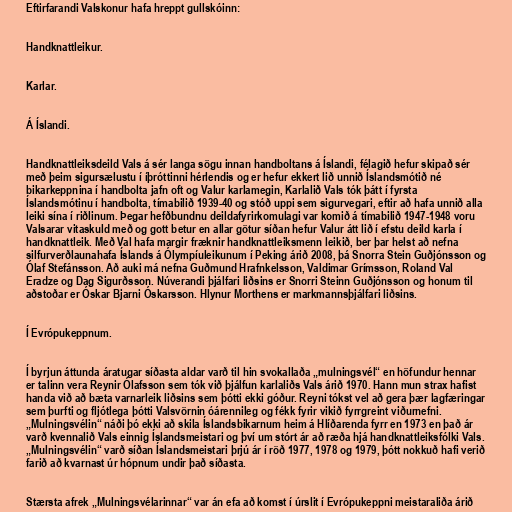
Eftirfarandi Valskonur hafa hreppt gullskóinn:

Handknattleikur.

Karlar.

Á Íslandi.

Handknattleiksdeild Vals á sér langa sögu innan handboltans á Íslandi, félagið hefur skipað sér
með þeim sigursælustu í íþróttinni hérlendis og er hefur ekkert lið unnið Íslandsmótið né
bikarkeppnina í handbolta jafn oft og Valur karlamegin, Karlalið Vals tók þátt í fyrsta
Íslandsmótinu í handbolta, tímabilið 1939-40 og stóð uppi sem sigurvegari, eftir að hafa unnið alla
leiki sína í riðlinum. Þegar hefðbundnu deildafyrirkomulagi var komið á tímabilið 1947-1948 voru
Valsarar vitaskuld með og gott betur en allar götur síðan hefur Valur átt lið í efstu deild karla í
handknattleik. Með Val hafa margir fræknir handknattleiksmenn leikið, ber þar helst að nefna
silfurverðlaunahafa Íslands á Ólympíuleikunum í Peking árið 2008, þá Snorra Stein Guðjónsson og
Ólaf Stefánsson. Að auki má nefna Guðmund Hrafnkelsson, Valdimar Grímsson, Roland Val
Eradze og Dag Sigurðsson. Núverandi þjálfari liðsins er Snorri Steinn Guðjónsson og honum til
aðstoðar er Óskar Bjarni Óskarsson. Hlynur Morthens er markmannsþjálfari liðsins.

Í Evrópukeppnum.

Í byrjun áttunda áratugar síðasta aldar varð til hin svokallaða „mulningsvél“ en höfundur hennar
er talinn vera Reynir Ólafsson sem tók við þjálfun karlaliðs Vals árið 1970. Hann mun strax hafist
handa við að bæta varnarleik liðsins sem þótti ekki góður. Reyni tókst vel að gera þær lagfæringar
sem þurfti og fljótlega þótti Valsvörnin óárennileg og fékk fyrir vikið fyrrgreint viðurnefni.
„Mulningsvélin“ náði þó ekki að skila Íslandsbikarnum heim á Hlíðarenda fyrr en 1973 en það ár
varð kvennalið Vals einnig Íslandsmeistari og því um stórt ár að ræða hjá handknattleiksfólki Vals.
„Mulningsvélin“ varð síðan Íslandsmeistari þrjú ár í röð 1977, 1978 og 1979, þótt nokkuð hafi verið
farið að kvarnast úr hópnum undir það síðasta.

Stærsta afrek „Mulningsvélarinnar“ var án efa að komst í úrslit í Evrópukeppni meistaraliða árið